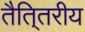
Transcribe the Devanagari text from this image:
तैति्तरीय